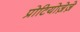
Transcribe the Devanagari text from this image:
प्रोटियोज़ेज़े